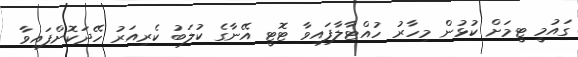
ގައުމީ ޓީމަށް ކުޅުން މިހާރު ހުއްޓާލާފައިވާ ޓޮޓީ އޭނާގެ ކުލަބު ކެރިއަރު ހޭދަކޮށްފައިވާ